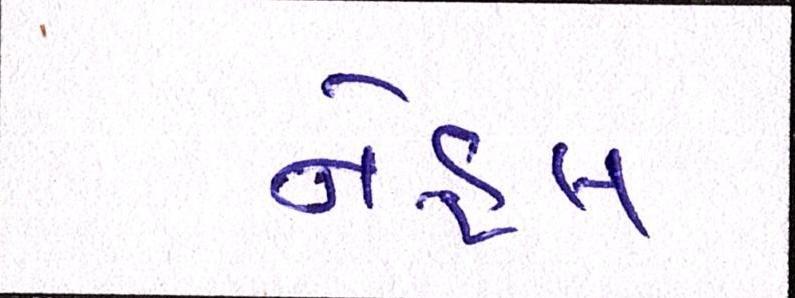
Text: નેહલ